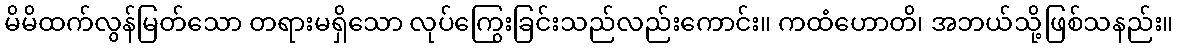
မိမိထက်လွန်မြတ်သော တရားမရှိသော လုပ်ကြွေးခြင်းသည်လည်းကောင်း။ ကထံဟောတိ၊ အဘယ်သို့ဖြစ်သနည်း။